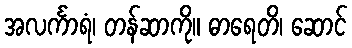
အလင်္ကာရံ၊ တန်ဆာကို။ ဓာရေတိ၊ ဆောင်